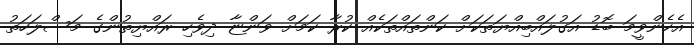
އެހެންވީމަ ބޮޑު އަގުލައްބިއްޔަތަކަށް ކަންތައްތަކެއް ކުރާ ކަމަށް ވަންޏާ ދިވެހި ރައްޔިތުންގެ މަސްލަހަތު